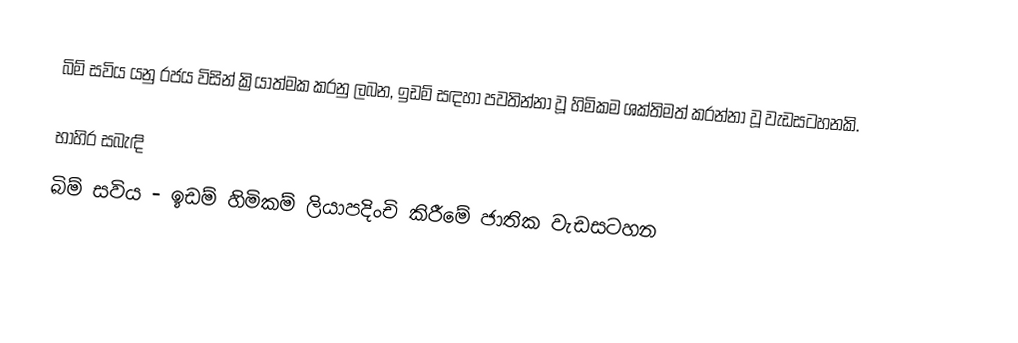
බිම් සවිය යනු රජය විසින් ක්‍රියාත්මක කරනු ලබන, ඉඩම් සඳහා පවතින්නා වූ හිමිකම ශක්තිමත් කරන්නා වූ වැඩසටහනකි.

භාහිර සබැඳි
 බිම් සවිය - ඉඩම් හිමිකම් ලියාපදිංචි කිරීමේ ජාතික වැඩසටහන